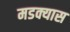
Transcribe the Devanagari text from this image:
मडक्यास